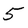
Character: 5